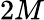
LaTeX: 2M